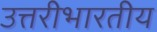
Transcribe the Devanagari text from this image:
उत्तरीभारतीय